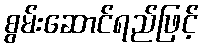
စွမ်းဆောင်ရည်ဖြင့်